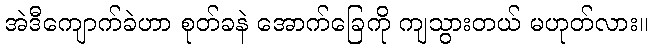
အဲဒီကျောက်ခဲဟာ စုတ်ခနဲ အောက်ခြေကို ကျသွားတယ် မဟုတ်လား။